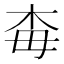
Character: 𣏭